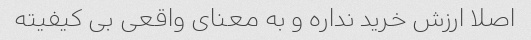
اصلا ارزش خرید نداره و به معنای واقعی بی کیفیته